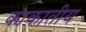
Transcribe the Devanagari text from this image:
काकातीय